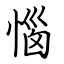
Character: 惱